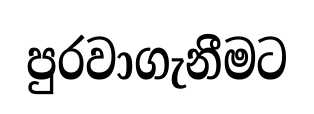
පුරවාගැනීමට